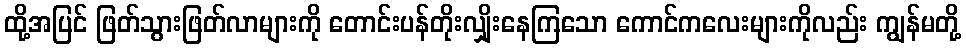
ထို့အပြင် ဖြတ်သွားဖြတ်လာများကို တောင်းပန်တိုးလျှိုးနေကြသော ကောင်ကလေးများကိုလည်း ကျွန်မတို့